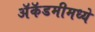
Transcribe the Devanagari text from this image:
अॅकॅडमीमध्ये